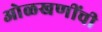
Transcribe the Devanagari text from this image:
ओळखणींची